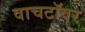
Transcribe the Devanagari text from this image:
वाचटॉवर